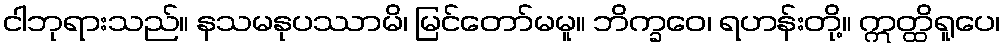
ငါဘုရားသည်။ နသမနုပဿာမိ၊ မြင်တော်မမူ။ ဘိက္ခဝေ၊ ရဟန်းတို့။ ဣတ္ထိရူပေ၊